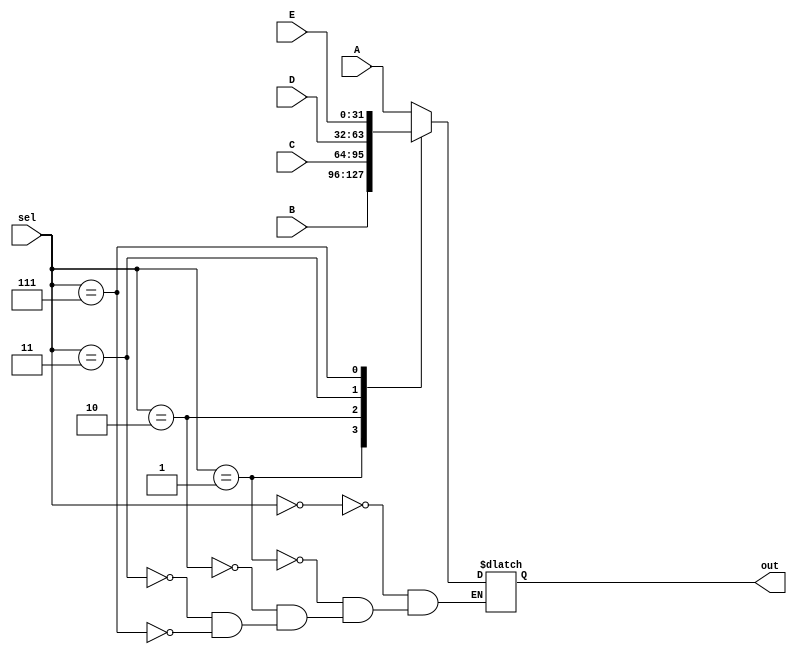
`timescale 1ns / 1ps
//////////////////////////////////////////////////////////////////////////////////
// Company: 
// Engineer: 
// 
// Design Name: 
// Module Name: reg_mux
// Project Name: 
// Target Devices: 
// Tool Versions: 
// Description: 
// 
// Dependencies: 
// 
// Revision:
// Revision 0.01 - File Created
// Additional Comments:
// 
//////////////////////////////////////////////////////////////////////////////////


module reg_mux(input [31:0]A, B, C, D, E, input[2:0] sel, output reg [31:0] out); //000->R-type, 001->LW&SW, 010->AUIPC, 011->JAL & JALR

always@(*)
begin
    case(sel)
    3'b000:out = A;
    3'b001:out = B;
    3'b010:out = C;
    3'b011:out = D;
    3'b111:out = E;
    endcase
end
endmodule